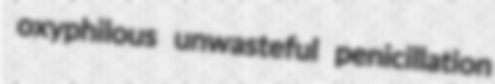
oxyphilous unwasteful penicillation